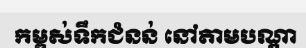
កម្ពស់ទឹកជំនន់ នៅតាមបណ្តា